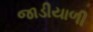
જાડીયાળી